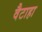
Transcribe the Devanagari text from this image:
वैटाहा